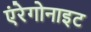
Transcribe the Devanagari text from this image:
एंरेगोनाइट